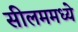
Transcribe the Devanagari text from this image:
सीलममध्ये